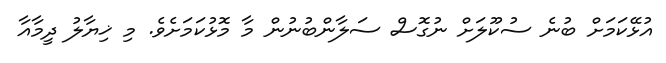
އުޅޭކަމަށް ބުނެ ސުކޫލަށް ނުގޮސް ސަލާންބުނުން މާ މޮޅުކަމަށެވެ. މި ޚިޔާލު ދީމާއާ